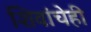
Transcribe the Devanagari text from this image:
शिवांचेही